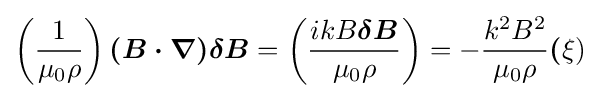
\left({\frac {1}{\mu _{0}\rho }}\right){\boldsymbol {(B\cdot \nabla )\delta B}}=\left({\frac {ikB{\boldsymbol {\delta B}}}{\mu _{0}\rho }}\right)=-{k^{2}B^{2} \over \mu _{0}\rho }{\boldsymbol {(}}\xi )